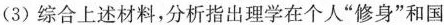
(3)综合上述材料，分析指出理学在个人”修身”和国